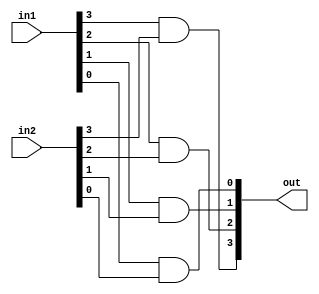

module and4(out,in1,in2);
	input [3:0] in1, in2;
	output [3:0] out;

	and t1(out[3], in1[3], in2[3]),
		t2(out[2], in1[2], in2[2]),
		t3(out[1], in1[1], in2[1]),
		t4(out[0], in1[0], in2[0]);
endmodule

module and8(out,in1,in2);
	input [7:0] in1, in2;
	output [7:0] out;

	and4 t1(out[7:4], in1[7:4], in2[7:4]),
		 t2(out[3:0], in1[3:0], in2[3:0]);
endmodule

module and16(out,in1,in2);
	input [15:0] in1, in2;
	output [15:0] out;

	and8 t1(out[15:8], in1[15:8], in2[15:8]),
		t2(out[7:0], in1[7:0], in2[7:0]);
endmodule


module and32(out,in1,in2);
	input [31:0] in1, in2;
	output [31:0] out;

	and16 t1(out[31:16], in1[31:16], in2[31:16]),
			t2(out[15:0], in1[15:0], in2[15:0]);
endmodule